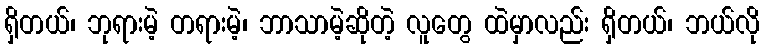
ရှိတယ်၊ ဘုရားမဲ့ တရားမဲ့၊ ဘာသာမဲ့ဆိုတဲ့ လူတွေ ထဲမှာလည်း ရှိတယ်၊ ဘယ်လို